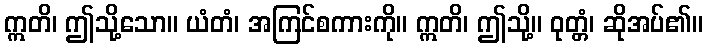
ဣတိ၊ ဤသို့သော။ ယံတံ၊ အကြင်စကားကို။ ဣတိ၊ ဤသို့။ ဝုတ္တံ၊ ဆိုအပ်၏။